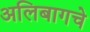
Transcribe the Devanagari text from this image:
अलिबागचे